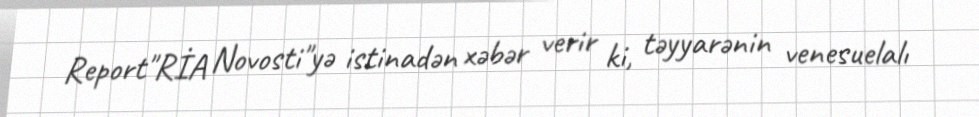
Report"RİA Novosti"yə istinadən xəbər verir ki, təyyarənin venesuelalı